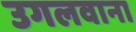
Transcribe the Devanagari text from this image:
उगलवाना